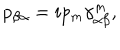
p _ { \beta \alpha } = i p _ { m } \gamma _ { \alpha \beta } ^ { m } ,